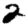
Digit: 2